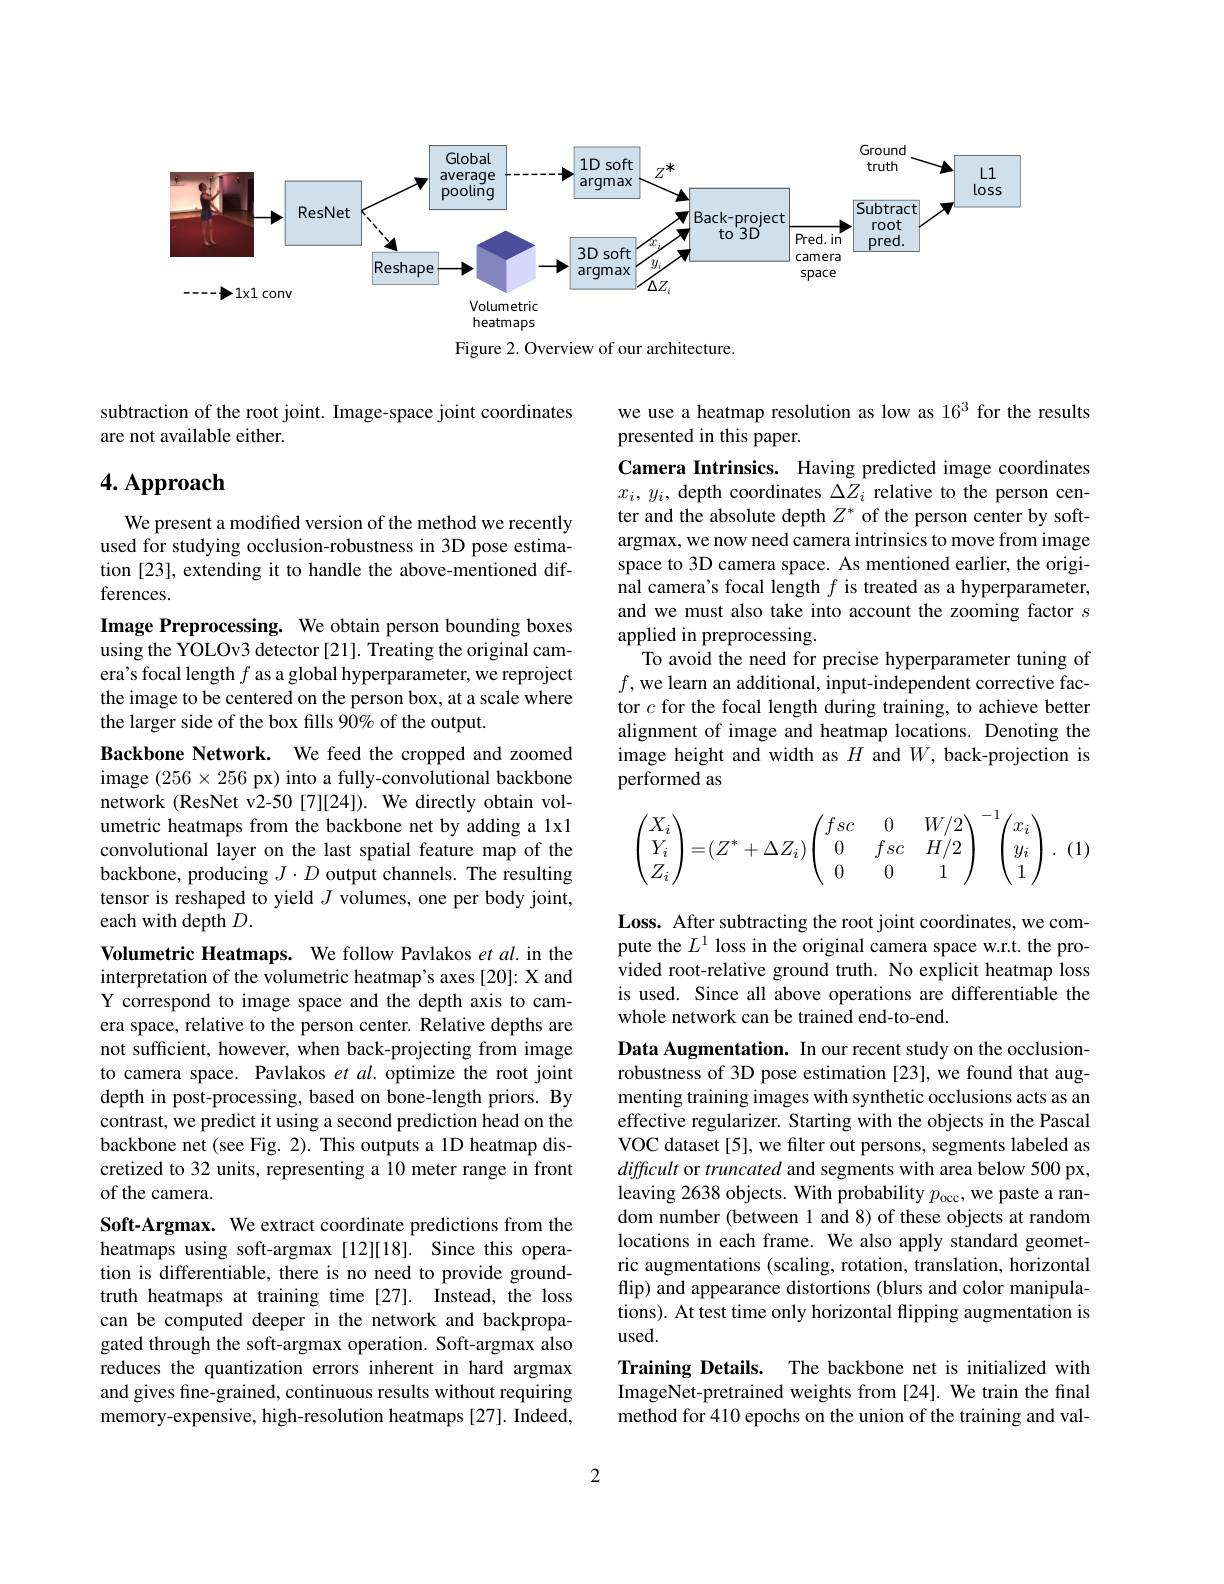
<FigureHere>
Figure 2. Overview of our architecture.

subtraction of the root joint. Image-space joint coordinates
are not available either.

we use a heatmap resolution as low as 163 for the results
presented in this paper.

# 4. Approach

We present a modified version of the method we recently used for studying occlusion-robustness in 3D pose estimation [23], extending it to handle the above-mentioned differences.

Camera Intrinsics. Having predicted image coordinates $x_i,y_i$, depth coordinates $\Delta Z_i$ relative to the person center and the absolute depth $Z^*$ of the person center by softargmax, we now need camera intrinsics to move from image space to 3D camera space. As mentioned earlier, the original camera's focal length $f$ is treated as a hyperparameter, and we must also take into account the zooming factor $s$ applied in preprocessing.
To avoid the need for precise hyperparameter tuning of $f$,we learn an additional, input-independent corrective factor $c$ for the focal length during training, to achieve better alignment of image and heatmap locations. Denoting the image height and width as $H$ and $W$, back-projection is performed as

Image Preprocessing. We obtain person bounding boxes using the YOLOv3 detector [21]. Treating the original camera's focal length $f$ as a global hyperparameter, we reproject the image to be centered on the person box, at a scale where the larger side of the box fills 90% of the output.
Backbone Network. We feed the cropped and zoomed image $(256\times256$ px) into a fully-convolutional backbone network (ResNet v2-50 [7][24]). We directly obtain volumetric heatmaps from the backbone net by adding a lx1 convolutional layer on the last spatial feature map of the backbone, producing $J\cdot D$ output channels. The resulting tensor is reshaped to yield $J$ volumes, one per body joint, each with depth $D.$

(1)
$$\begin{pmatrix}X_i\\Y_i\\Z_i\end{pmatrix}=(Z^*+\Delta Z_i)\begin{pmatrix}fsc&0&W/2\\0&fsc&H/2\\0&0&1\end{pmatrix}^{-1}\begin{pmatrix}x_i\\y_i\\1\end{pmatrix}.$$
Loss. After subtracting the root joint coordinates, we compute the $L^1$ loss in the original camera space w.r.t. the provided root-relative ground truth. No explicit heatmap loss is used. Since all above operations are differentiable the whole network can be trained end-to-end.

Volumetric Heatmaps. We follow Pavlakos et al. in the interpretation of the volumetric heatmap's axes [20]: X and Y correspond to image space and the depth axis to camera space, relative to the person center. Relative depths are not sufficient, however, when back-projecting from image to camera space. Pavlakos et al. optimize the root joint depth in post-processing, based on bone-length priors. By contrast, we predict it using a second prediction head on the backbone net (see Fig. 2). This outputs a 1D heatmap discretized to 32 units, representing a 10 meter range in front of the camera.
Soft-Argmax. We extract coordinate predictions from the heatmaps using soft-argmax [12][18]. Since this operation is differentiable, there is no need to provide groundtruth heatmaps at training time [27]. Instead, the loss can be computed deeper in the network and backpropagated through the soft-argmax operation. Soft-argmax also reduces the quantization errors inherent in hard argmax and gives fine-grained, continuous results without requiring memory-expensive, high-resolution heatmaps [27]. Indeed,

Data Augmentation. In our recent study on the occlusionrobustness of 3D pose estimation [23], we found that augmenting training images with synthetic occlusions acts as an effective regularizer. Starting with the objects in the Pascal VOC dataset [5], we filter out persons, segments labeled as difficult or truncated and segments with area below 500 px, leaving 2638 objects. With probability $p_\mathrm{occ}$, we paste a random number (between 1 and 8) of these objects at random locations in each frame. We also apply standard geometric augmentations (scaling, rotation, translation, horizontal flip) and appearance distortions (blurs and color manipulations). At test time only horizontal flipping augmentation is $used.$
Training Details. The backbone net is initialized with

ImageNet-pretrained weights from [24]. We train the final method for 410 epochs on the union of the training and val-

2